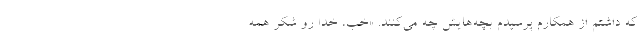
که داشتم از همکارم پرسیدم بچه‌هایش چه می‌کنند. «خب، خدا رو شکر همه